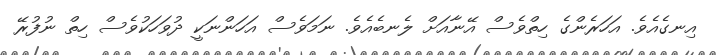
އިނގެއެވެ. އަހަރެންގެ ހިތްވެސް އޭނާއަށް ލެނބެެއެެވެ. ނަމަވެސް އަހަންނަކީ ދުވަހަކުވެސް ހިތް ނުފުރޭ